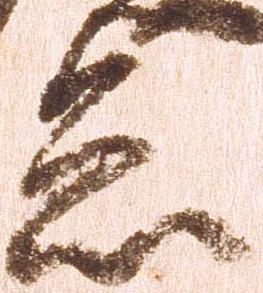
怠